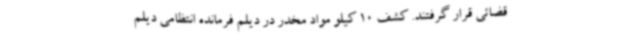
قضائی قرار گرفتند. کشف 10 کیلو مواد مخدر در دیلم فرمانده انتظامی دیلم